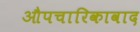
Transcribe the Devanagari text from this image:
औपचारिकावाद